Indian journal of veterinary science and animal husbandry - Volume 3,
Year: 1933
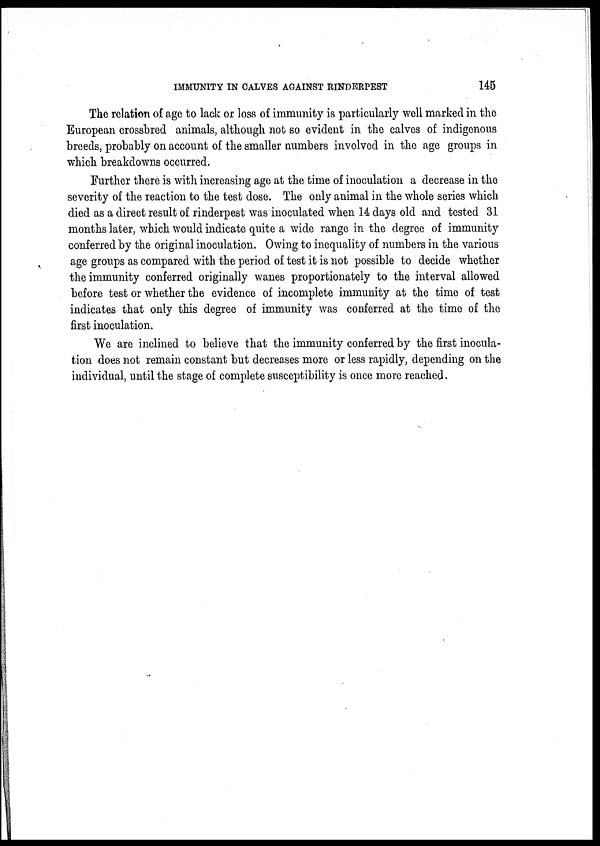
IMMUNITY IN CALVES AGAINST RINDERPEST
145
The relation of age to lack or loss of immunity is particularly well marked in the
European crossbred animals, although not so evident in the calves of indigenous
breeds, probably on account of the smaller numbers involved in the age groups in
which breakdowns occurred.
Further there is with increasing age at the time of inoculation a decrease in the
severity of the reaction to the test dose. The only animal in the whole series which
died as a direct result of rinderpest was inoculated when 14 days old and tested 31
months later, which would indicate quite a wide range in the degree of immunity
conferred by the original inoculation. Owing to inequality of numbers in the various
age groups as compared with the period of test it is not possible to decide whether
the immunity conferred originally wanes proportionately to the interval allowed
before test or whether the evidence of incomplete immunity at the time of test
indicates that only this degree of immunity was conferred at the time of the
first inoculation.
We are inclined to believe that the immunity conferred by the first inocula-
tion does not remain constant but decreases more or less rapidly, depending on the
individual, until the stage of complete susceptibility is once more reached.